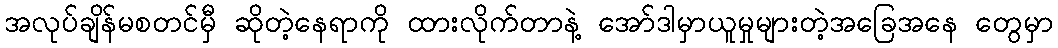
အလုပ်ချိန်မစတင်မှီ ဆိုတဲ့နေရာကို ထားလိုက်တာနဲ့ အော်ဒါမှာယူမှုများတဲ့အခြေအနေ တွေမှာ